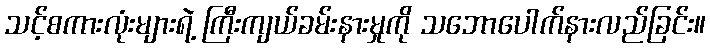
သင့်စကားလုံးများရဲ့ ကြီးကျယ်ခမ်းနားမှုကို သဘောပေါက်နားလည်ခြင်း။